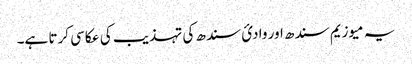
یہ میوزیم سندھ اور وادئ سندھ کی تہذیب کی عکاسی کرتا ہے۔